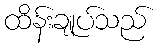
ထိန်းချုပ်သည်